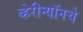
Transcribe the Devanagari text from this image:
व्हेरीन्यॉनचे